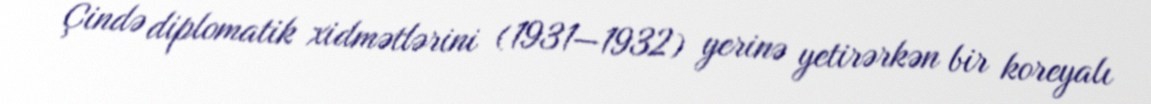
Çində diplomatik xidmətlərini (1931—1932) yerinə yetirərkən bir koreyalı